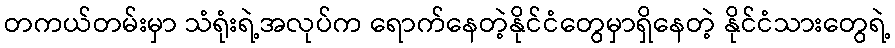
တကယ်တမ်းမှာ သံရုံးရဲ့အလုပ်က ရောက်နေတဲ့နိုင်ငံတွေမှာရှိနေတဲ့ နိုင်ငံသားတွေရဲ့